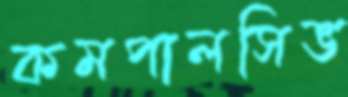
কমপালসিভ